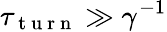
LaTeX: \tau_{\mathrm{~t~u~r~n~}}\gg\gamma^{-1}